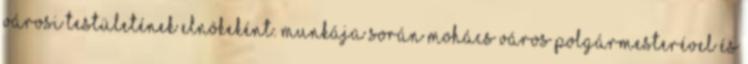
Városi Testületének elnökeként. Munkája során Mohács város polgármesterével és